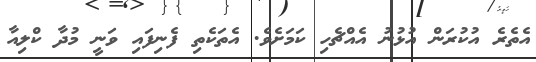
އެތެރެ އުކުރަން އުޅުނު އެއްޗެހި ކަމަށެވެ. އެތަކެތި ފެނިފައި ވަނީ މުދާ ކްލިއާ